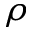
\rho